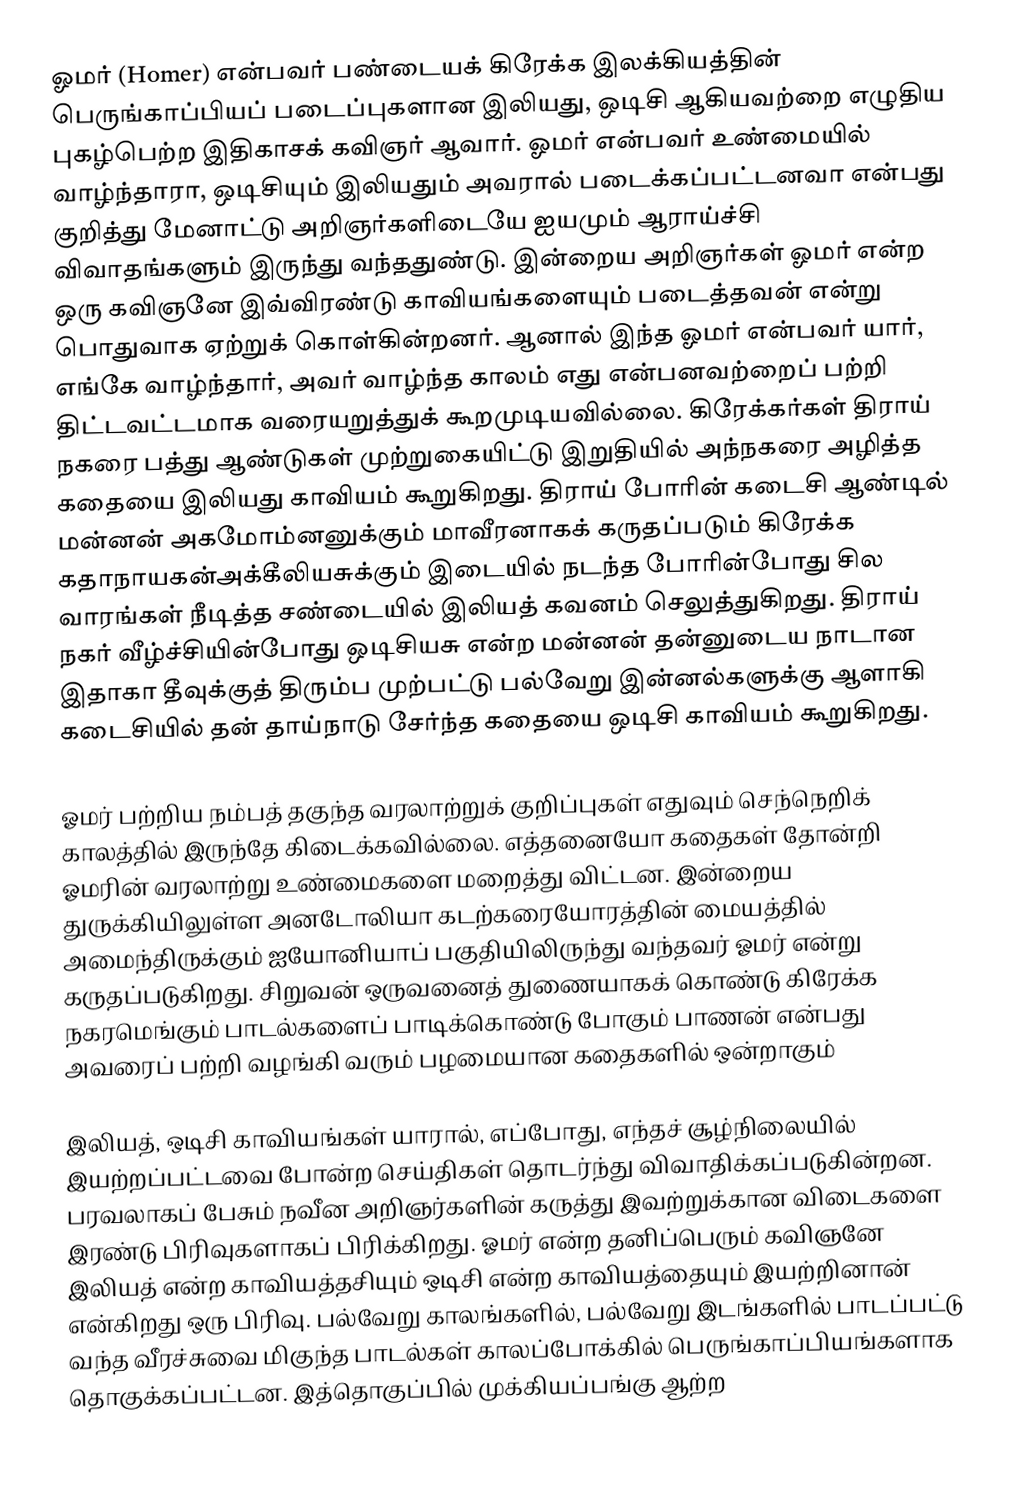
ஓமர் (Homer) என்பவர் பண்டையக் கிரேக்க இலக்கியத்தின் பெருங்காப்பியப் படைப்புகளான இலியது, ஒடிசி ஆகியவற்றை எழுதிய புகழ்பெற்ற இதிகாசக் கவிஞர் ஆவார். ஓமர் என்பவர் உண்மையில் வாழ்ந்தாரா, ஒடிசியும் இலியதும் அவரால் படைக்கப்பட்டனவா என்பது குறித்து மேனாட்டு அறிஞர்களிடையே ஐயமும் ஆராய்ச்சி விவாதங்களும் இருந்து வந்ததுண்டு. இன்றைய அறிஞர்கள் ஓமர் என்ற ஒரு கவிஞனே இவ்விரண்டு காவியங்களையும் படைத்தவன் என்று பொதுவாக ஏற்றுக் கொள்கின்றனர். ஆனால் இந்த ஓமர் என்பவர் யார், எங்கே வாழ்ந்தார், அவர் வாழ்ந்த காலம் எது என்பனவற்றைப் பற்றி திட்டவட்டமாக வரையறுத்துக் கூறமுடியவில்லை. கிரேக்கர்கள் திராய் நகரை பத்து ஆண்டுகள் முற்றுகையிட்டு இறுதியில் அந்நகரை அழித்த கதையை இலியது காவியம் கூறுகிறது. திராய் போரின் கடைசி ஆண்டில் மன்னன் அகமோம்னனுக்கும் மாவீரனாகக் கருதப்படும் கிரேக்க கதாநாயகன்அக்கீலியசுக்கும் இடையில் நடந்த போரின்போது சில வாரங்கள் நீடித்த சண்டையில் இலியத் கவனம் செலுத்துகிறது. திராய் நகர் வீழ்ச்சியின்போது  ஒடிசியசு என்ற மன்னன் தன்னுடைய நாடான இதாகா தீவுக்குத் திரும்ப முற்பட்டு பல்வேறு இன்னல்களுக்கு ஆளாகி கடைசியில் தன் தாய்நாடு சேர்ந்த கதையை ஒடிசி காவியம் கூறுகிறது.

ஓமர் பற்றிய நம்பத் தகுந்த வரலாற்றுக் குறிப்புகள் எதுவும்  செந்நெறிக் காலத்தில் இருந்தே கிடைக்கவில்லை. எத்தனையோ கதைகள் தோன்றி ஓமரின் வரலாற்று உண்மைகளை மறைத்து விட்டன. இன்றைய துருக்கியிலுள்ள அனடோலியா  கடற்கரையோரத்தின் மையத்தில் அமைந்திருக்கும் ஐயோனியாப் பகுதியிலிருந்து வந்தவர் ஓமர் என்று கருதப்படுகிறது. சிறுவன் ஒருவனைத் துணையாகக் கொண்டு கிரேக்க நகரமெங்கும் பாடல்களைப் பாடிக்கொண்டு போகும் பாணன் என்பது அவரைப் பற்றி வழங்கி வரும் பழமையான கதைகளில் ஒன்றாகும்

இலியத், ஒடிசி காவியங்கள் யாரால், எப்போது, எந்தச் சூழ்நிலையில் இயற்றப்பட்டவை போன்ற செய்திகள் தொடர்ந்து விவாதிக்கப்படுகின்றன. பரவலாகப் பேசும் நவீன அறிஞர்களின் கருத்து இவற்றுக்கான விடைகளை இரண்டு பிரிவுகளாகப் பிரிக்கிறது. ஓமர் என்ற தனிப்பெரும் கவிஞனே இலியத் என்ற காவியத்தசியும் ஒடிசி என்ற காவியத்தையும் இயற்றினான் என்கிறது ஒரு பிரிவு. பல்வேறு காலங்களில், பல்வேறு இடங்களில் பாடப்பட்டு வந்த வீரச்சுவை மிகுந்த பாடல்கள் காலப்போக்கில் பெருங்காப்பியங்களாக தொகுக்கப்பட்டன. இத்தொகுப்பில் முக்கியப்பங்கு ஆற்ற